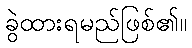
ခွဲထားရမည်ဖြစ်၏။